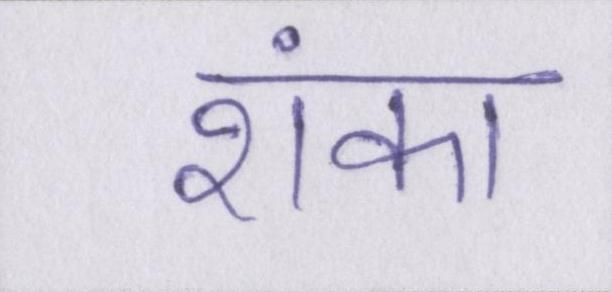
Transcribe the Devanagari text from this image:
शंका